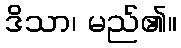
ဒိသာ၊ မည်၏။